Civil Veterinary Dept. Bombay admin report 1932-41 - 1932-1941
Year: 1932
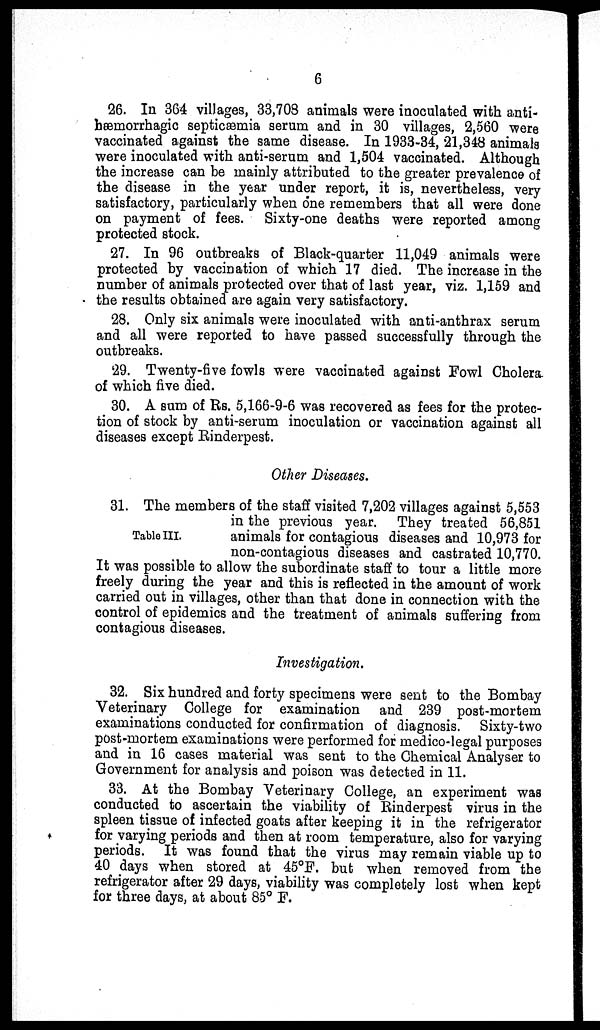
6
26. In 364 villages, 33,708 animals were inoculated with anti-
hæmorrhagic septicæmia serum and in 30 villages, 2,560 were
vaccinated against the same disease. In 1933-34, 21,348 animals
were inoculated with anti-serum and 1,504 vaccinated. Although
the increase can be mainly attributed to the greater prevalence of
the disease in the year under report, it is, nevertheless, very
satisfactory, particularly when one remembers that all were done
on payment of fees. Sixty-one deaths were reported among
protected stock.
27. In 96 outbreaks of Black-quarter 11,049 animals were
protected by vaccination of which 17 died. The increase in the
number of animals protected over that of last year, viz. 1,159 and
the results obtained are again very satisfactory.
28. Only six animals were inoculated with anti-anthrax serum
and all were reported to have passed successfully through the
outbreaks.
29. Twenty-five fowls were vaccinated against Fowl Cholera
of which five died.
30. A sum of Rs. 5,166-9-6 was recovered as fees for the protec-
tion of stock by anti-serum inoculation or vaccination against all
diseases except Rinderpest.
Other Diseases.
Table III.
31. The members of the staff visited 7,202 villages against 5,553
in the previous year. They treated 56,851
animals for contagious diseases and 10,973 for
non-contagious diseases and castrated 10,770.
It was possible to allow the subordinate staff to tour a little more
freely during the year and this is reflected in the amount of work
carried out in villages, other than that done in connection with the
control of epidemics and the treatment of animals suffering from
contagious diseases.
Investigation.
32. Six hundred and forty specimens were sent to the Bombay
Veterinary College for examination and 239 post-mortem
examinations conducted for confirmation of diagnosis. Sixty-two
post-mortem examinations were performed for medico-legal purposes
and in 16 cases material was sent to the Chemical Analyser to
Government for analysis and poison was detected in 11.
33. At the Bombay Veterinary College, an experiment was
conducted to ascertain the viability of Rinderpest virus in the
spleen tissue of infected goats after keeping it in the refrigerator
for varying periods and then at room temperature, also for varying
periods. It was found that the virus may remain viable up to
40 days when stored at 45°F. but when removed from the
refrigerator after 29 days, viability was completely lost when kept
for three days, at about 85° F.